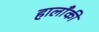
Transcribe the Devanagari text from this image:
हालाँकी